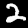
Label: 2